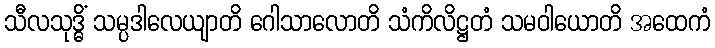
သီလသုဒ္ဓိံ သမ္ပဒါလေယျာတိ ဂေါသာလောတိ သံကိလိဋ္ဌတံ သမဝါယောတိ အထေကံ